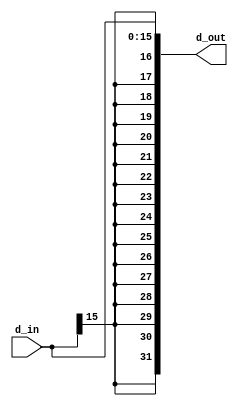
// Sign Extender
module sign_extend(d_out,d_in);
  
  output wire [31:0] d_out;
  input wire [15:0] d_in;
  assign d_out = {{16{d_in[15]}},d_in[15:0]};
endmodule